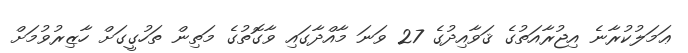
ޢަމަލުކުރާނެ އިޖުރާއަތުގެ ޤަވާއިދުގެ 27 ވަނަ މާއްދާގައި ވާގޮތުގެ މަތިން ތަހުގީގަށް ހާޒިރުވުމަށް